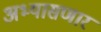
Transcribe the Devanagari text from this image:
अभ्यासणार